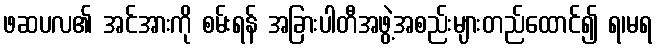
ဖဆပလ၏ အင်အားကို စမ်းရန် အခြားပါတီအဖွဲ့အစည်းများတည်ထောင်၍ ရ၊မရ